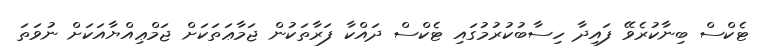
ޓެކްސް ބިނާކުރެވޭ ފައިދާ ހިސާބުކުރުމުގައި ޓެކްސް ދައްކާ ފަރާތަކުން ޖަމާޢަތަކަށް ޖަމްޢިއްޔާއަކަށް ނުވަތަ